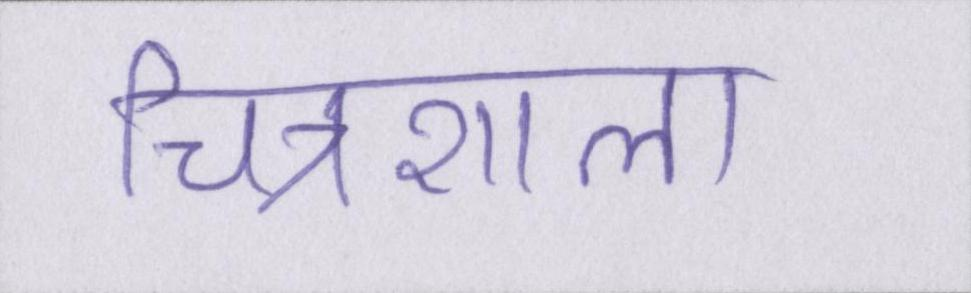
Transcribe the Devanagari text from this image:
चित्रशाला